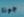
جونا